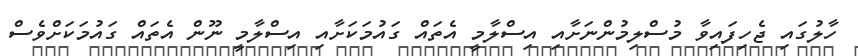
ހާލުގައި ޖެހިފައިވާ މުސްލިމުންނަށާއި އިސްލާމީ އެތައް ގައުމަކަށާއި އިސްލާމީ ނޫން އެތައް ގައުމަކަށްވެސް